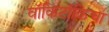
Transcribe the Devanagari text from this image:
वॉकिटॉकिचा